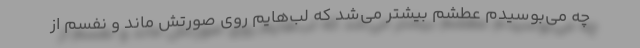
چه می‌بوسیدم عطشم بیشتر می‌شد که لب‌هایم روی صورتش ماند و نفسم از